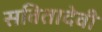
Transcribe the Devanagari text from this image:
सवितादेवी